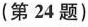
(第24题)